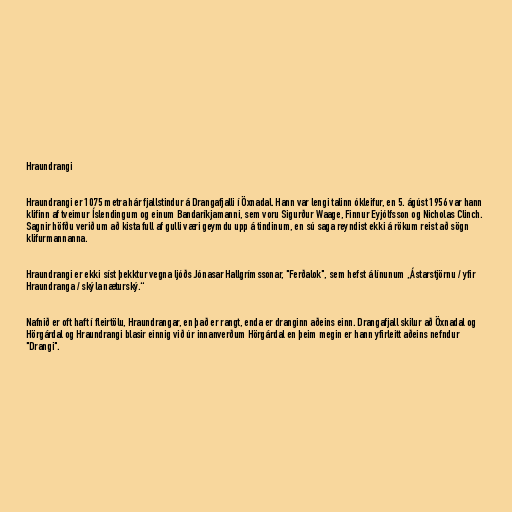
Hraundrangi

Hraundrangi er 1075 metra hár fjallstindur á Drangafjalli í Öxnadal. Hann var lengi talinn ókleifur, en 5. ágúst 1956 var hann
klifinn af tveimur Íslendingum og einum Bandaríkjamanni, sem voru Sigurður Waage, Finnur Eyjólfsson og Nicholas Clinch.
Sagnir höfðu verið um að kista full af gulli væri geymdu upp á tindinum, en sú saga reyndist ekki á rökum reist að sögn
klifurmannanna.

Hraundrangi er ekki síst þekktur vegna ljóðs Jónasar Hallgrímssonar, "Ferðalok", sem hefst á línunum „Ástarstjörnu / yfir
Hraundranga / skýla næturský.“

Nafnið er oft haft í fleirtölu, Hraundrangar, en það er rangt, enda er dranginn aðeins einn. Drangafjall skilur að Öxnadal og
Hörgárdal og Hraundrangi blasir einnig við úr innanverðum Hörgárdal en þeim megin er hann yfirleitt aðeins nefndur
"Drangi".